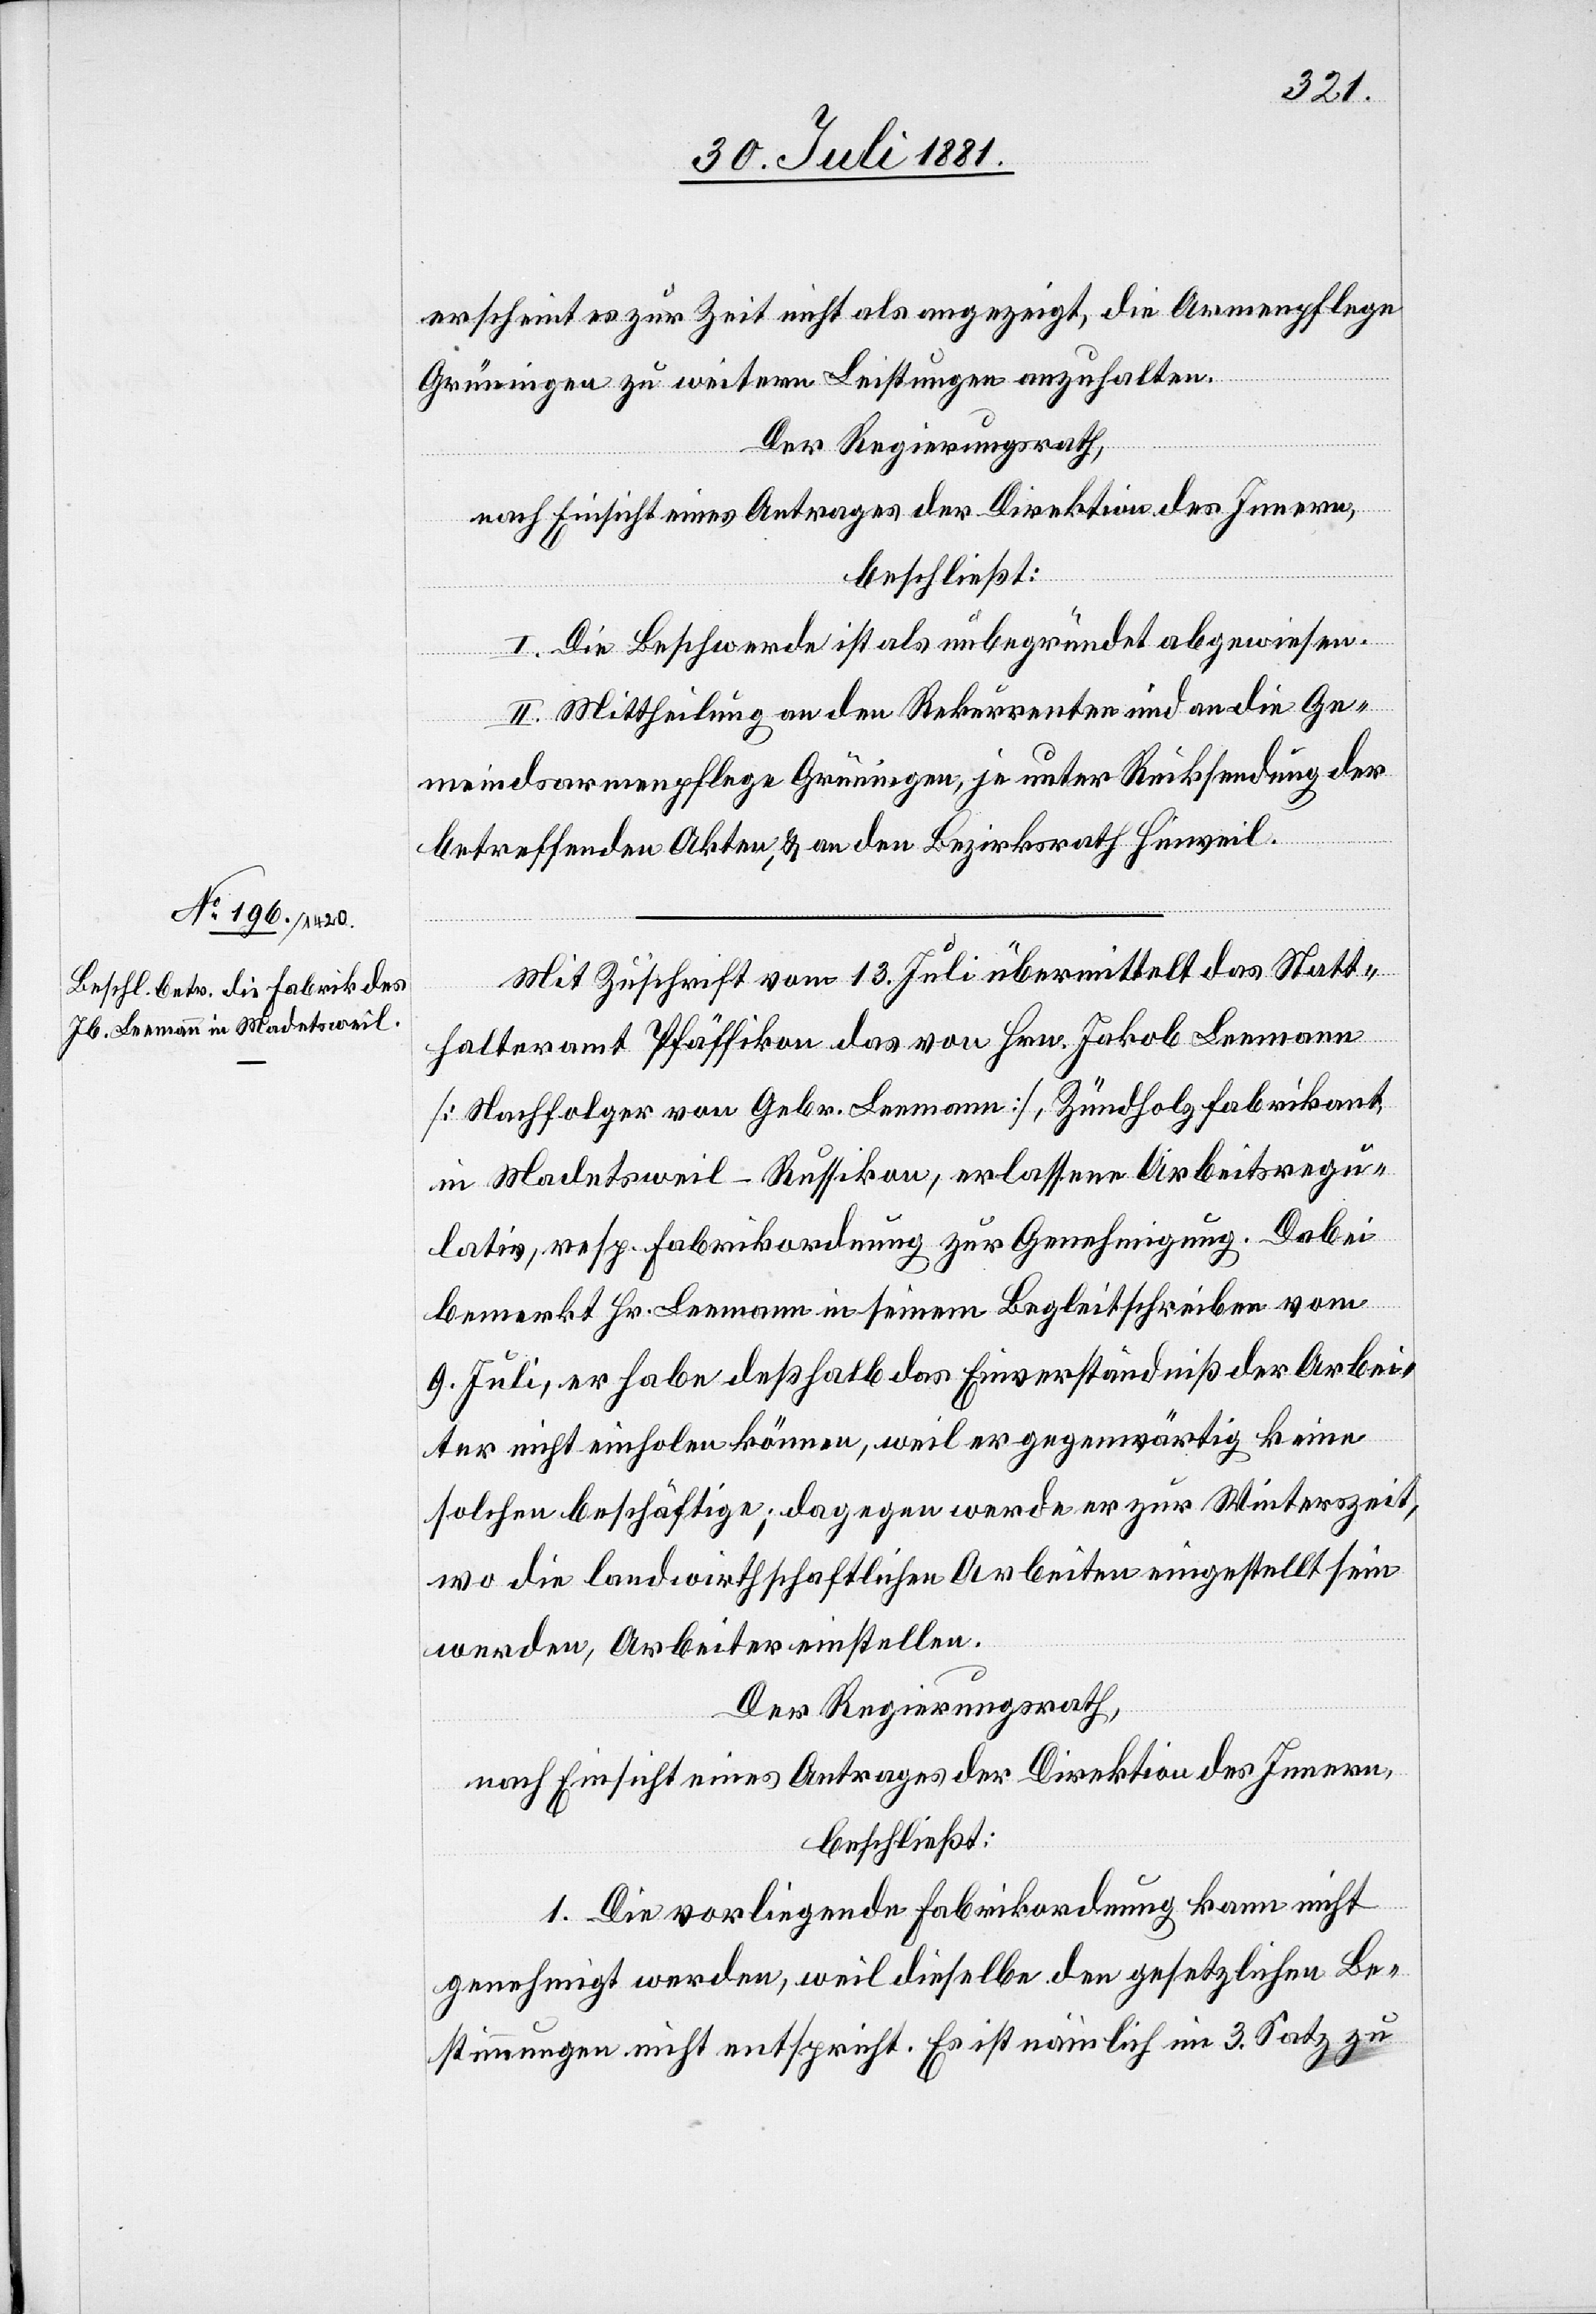
erscheint es zur Zeit nicht als angezeigt, die Armenpflege
Grüningen zu weitern Leistungen anzuhalten.
Der Regierungsrath,
nach Einsicht eines Antrages der Direktion des Innern,
beschließt:
I. Die Beschwerde ist als unbegründet abgewiesen.
II. Mittheilung an den Rekurrenten und an die Ge¬
meindsarmenpflege Grüningen, je unter Rücksendung der
betreffenden Akten, & an den Bezirksrath Hinweil.
Mit Zuschrift vom 13. Juli übermittelt das Statt¬
halteramt Pfäffikon das von Hrn. Jakob Leemann
[Nachfolger von Gebr. Leemann], Zündholzfabrikant,
in Madetsweil - Russikon, erlassene Arbeitsregu¬
lativ, resp. Fabrikordnung zur Genehmigung. Dabei
bemerkt Hr. Leemann in seinem Begleitschreiben vom
9. Juli, er habe deßhalb das Einverständniß der Arbei¬
ter nicht einholen können, weil er gegenwärtig keine
solchen beschäftige; dagegen werde er zur Winterszeit,
wo die landwirthschaftlichen Arbeiten eingestellt sein
werden, Arbeiter einstellen.
Der Regierungsrath,
nach Einsicht eines Antrages der Direktion des Innern,
beschließt:
1. Die vorliegende Fabrikordnung kann nicht
genehmigt werden, weil dieselbe den gesetzlichen Be¬
stimmungen nicht entspricht. Es ist nämlich im 3. Satz zu